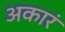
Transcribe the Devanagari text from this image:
अकारं